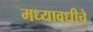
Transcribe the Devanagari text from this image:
मध्यावधीचे